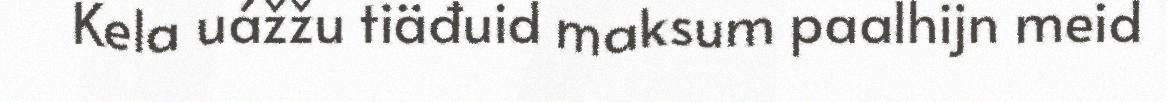
Kela uážžu tiäđuid maksum paalhijn meid